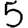
Digit: 5